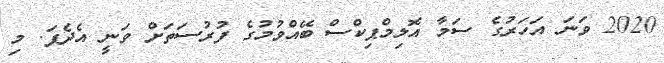
2020 ވަނަ އަހަރުގެ ސަމާ އޮލިމްޕިކްސް ބޭއްވުމުގެ ފުރުސަތަށް ވަނީ އެދެފަ. މި